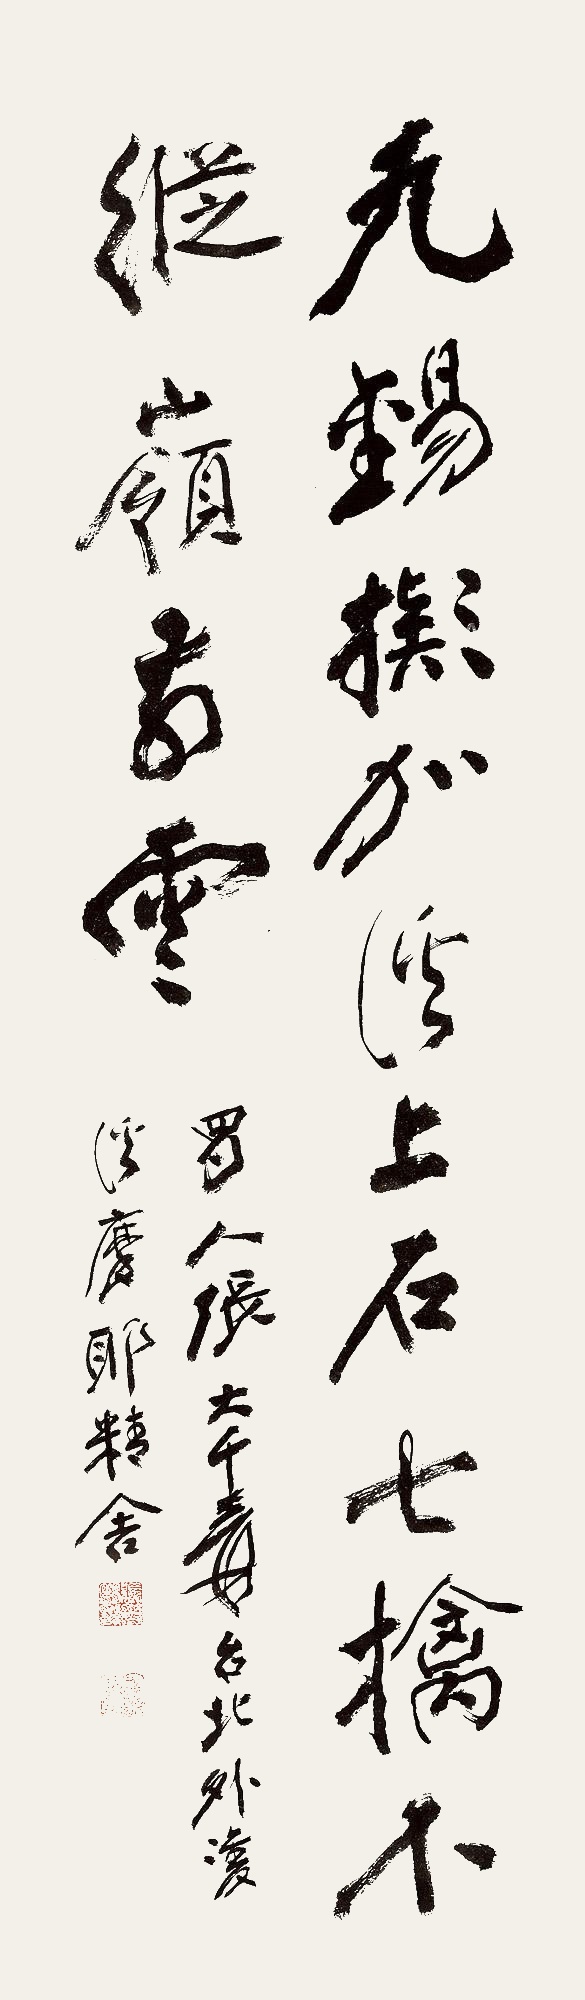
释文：九锡拟加溪上石，七擒不纵岭前云。蜀人张大千爰，台北外双溪摩耶精舍。